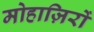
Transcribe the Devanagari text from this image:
मोहाज़िरों